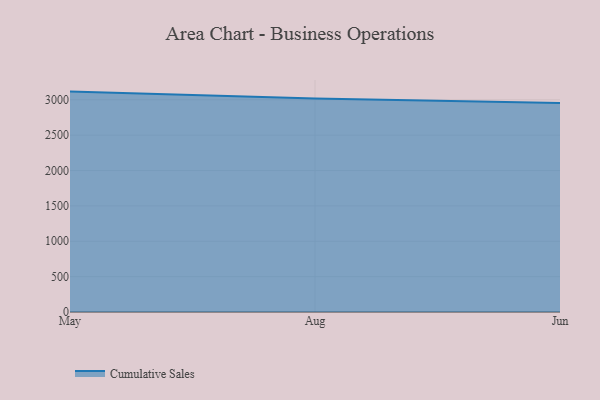
{"axis": {"x": "Month", "y": "Active Users"}, "legend": ["Cumulative Sales"], "data": [{"x": "May", "y": 3115.6, "type": "Cumulative Sales"}, {"x": "Aug", "y": 3017.2, "type": "Cumulative Sales"}, {"x": "Jun", "y": 2953.4, "type": "Cumulative Sales"}]}